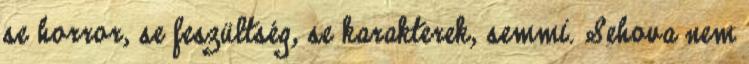
se horror, se feszültség, se karakterek, semmi. Sehova nem